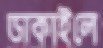
ডাকাইলে